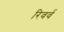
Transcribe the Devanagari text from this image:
रिवर्व